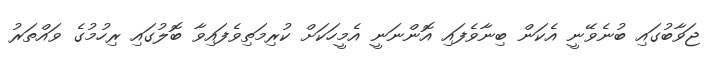
ޖަވާބުގައި ބުނެވޭނީ އެކަން ބިނާވެފައި އޮންނަނީ އެމީހަކަށް ކުރިމަތިވެފައިވާ ބޮލުގައި ރިހުމުގެ ވައްތަރު